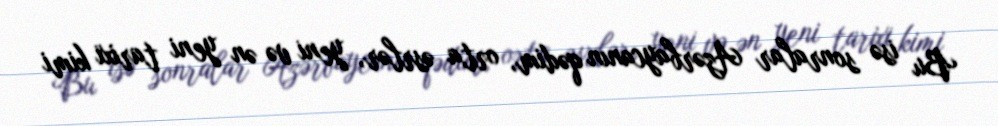
Bu isə sonralar Azərbaycanın qədim, orta əsrlər, yeni və ən yeni tarixi kimi